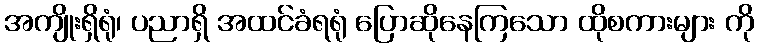
အကျိုးရှိရုံ၊ ပညာရှိ အထင်ခံရရုံ ပြောဆိုနေကြသော ထိုစကားများ ကို